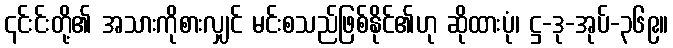
၎င်းင်းတို့၏ အသားကိုစားလျှင် မင်းစသည်ဖြစ်နိုင်၏ဟု ဆိုထားပုံ၊ ဋ္ဌ-ဒု-အုပ်-၃၆၉။